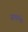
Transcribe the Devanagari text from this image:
जायन्ते।